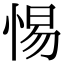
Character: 惕